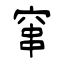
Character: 窜